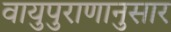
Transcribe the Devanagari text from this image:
वायुपुराणानुसार